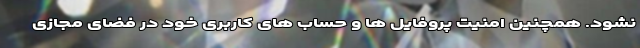
نشود. همچنین امنیت پروفایل ها و حساب های کاربری خود در فضای مجازی